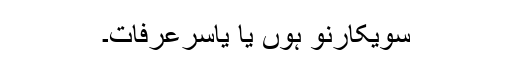
سویکارنو ہوں یا یاسرعرفات۔